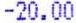
-20.00